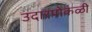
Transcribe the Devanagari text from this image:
उदारपोकळी